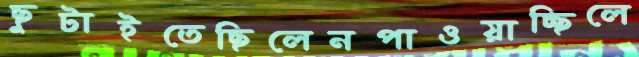
ছুটাইতেছিলেনপাওয়াচ্ছিলে